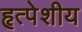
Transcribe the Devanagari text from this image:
हृत्पेशीय